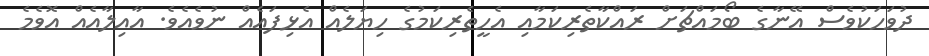
ދުވަހަކުވެސް އޭނާގެ ބޯމައްޗަށް ރައްކާތެރިކަމާއި އެހީތެރިކަމުގެ ހިޔަލެއް އެޅިފައެއް ނުވެއެވެ. އާއިލާއެއް އޮވެމެ